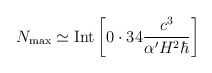
\begin{align*}N_{\rm max} \simeq {\rm Int} \left\lbrack 0 \cdot 34 \frac{c^3}{\alpha^\prime H^2 \hbar} \right\rbrack\end{align*}